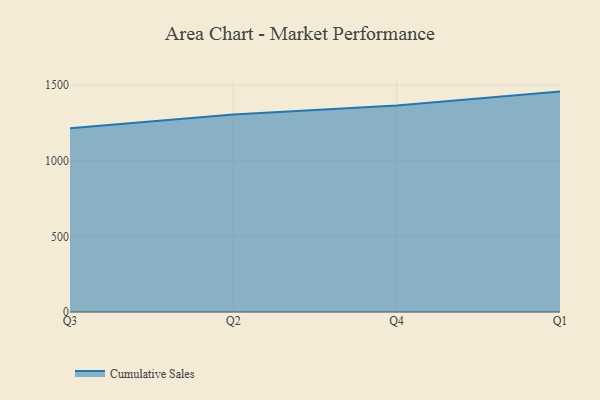
{"axis": {"x": "Quarter", "y": "Budget (USD K)"}, "legend": ["Cumulative Sales"], "data": [{"x": "Q3", "y": 1214.6, "type": "Cumulative Sales"}, {"x": "Q2", "y": 1305.3, "type": "Cumulative Sales"}, {"x": "Q4", "y": 1364.3, "type": "Cumulative Sales"}, {"x": "Q1", "y": 1456.4, "type": "Cumulative Sales"}]}